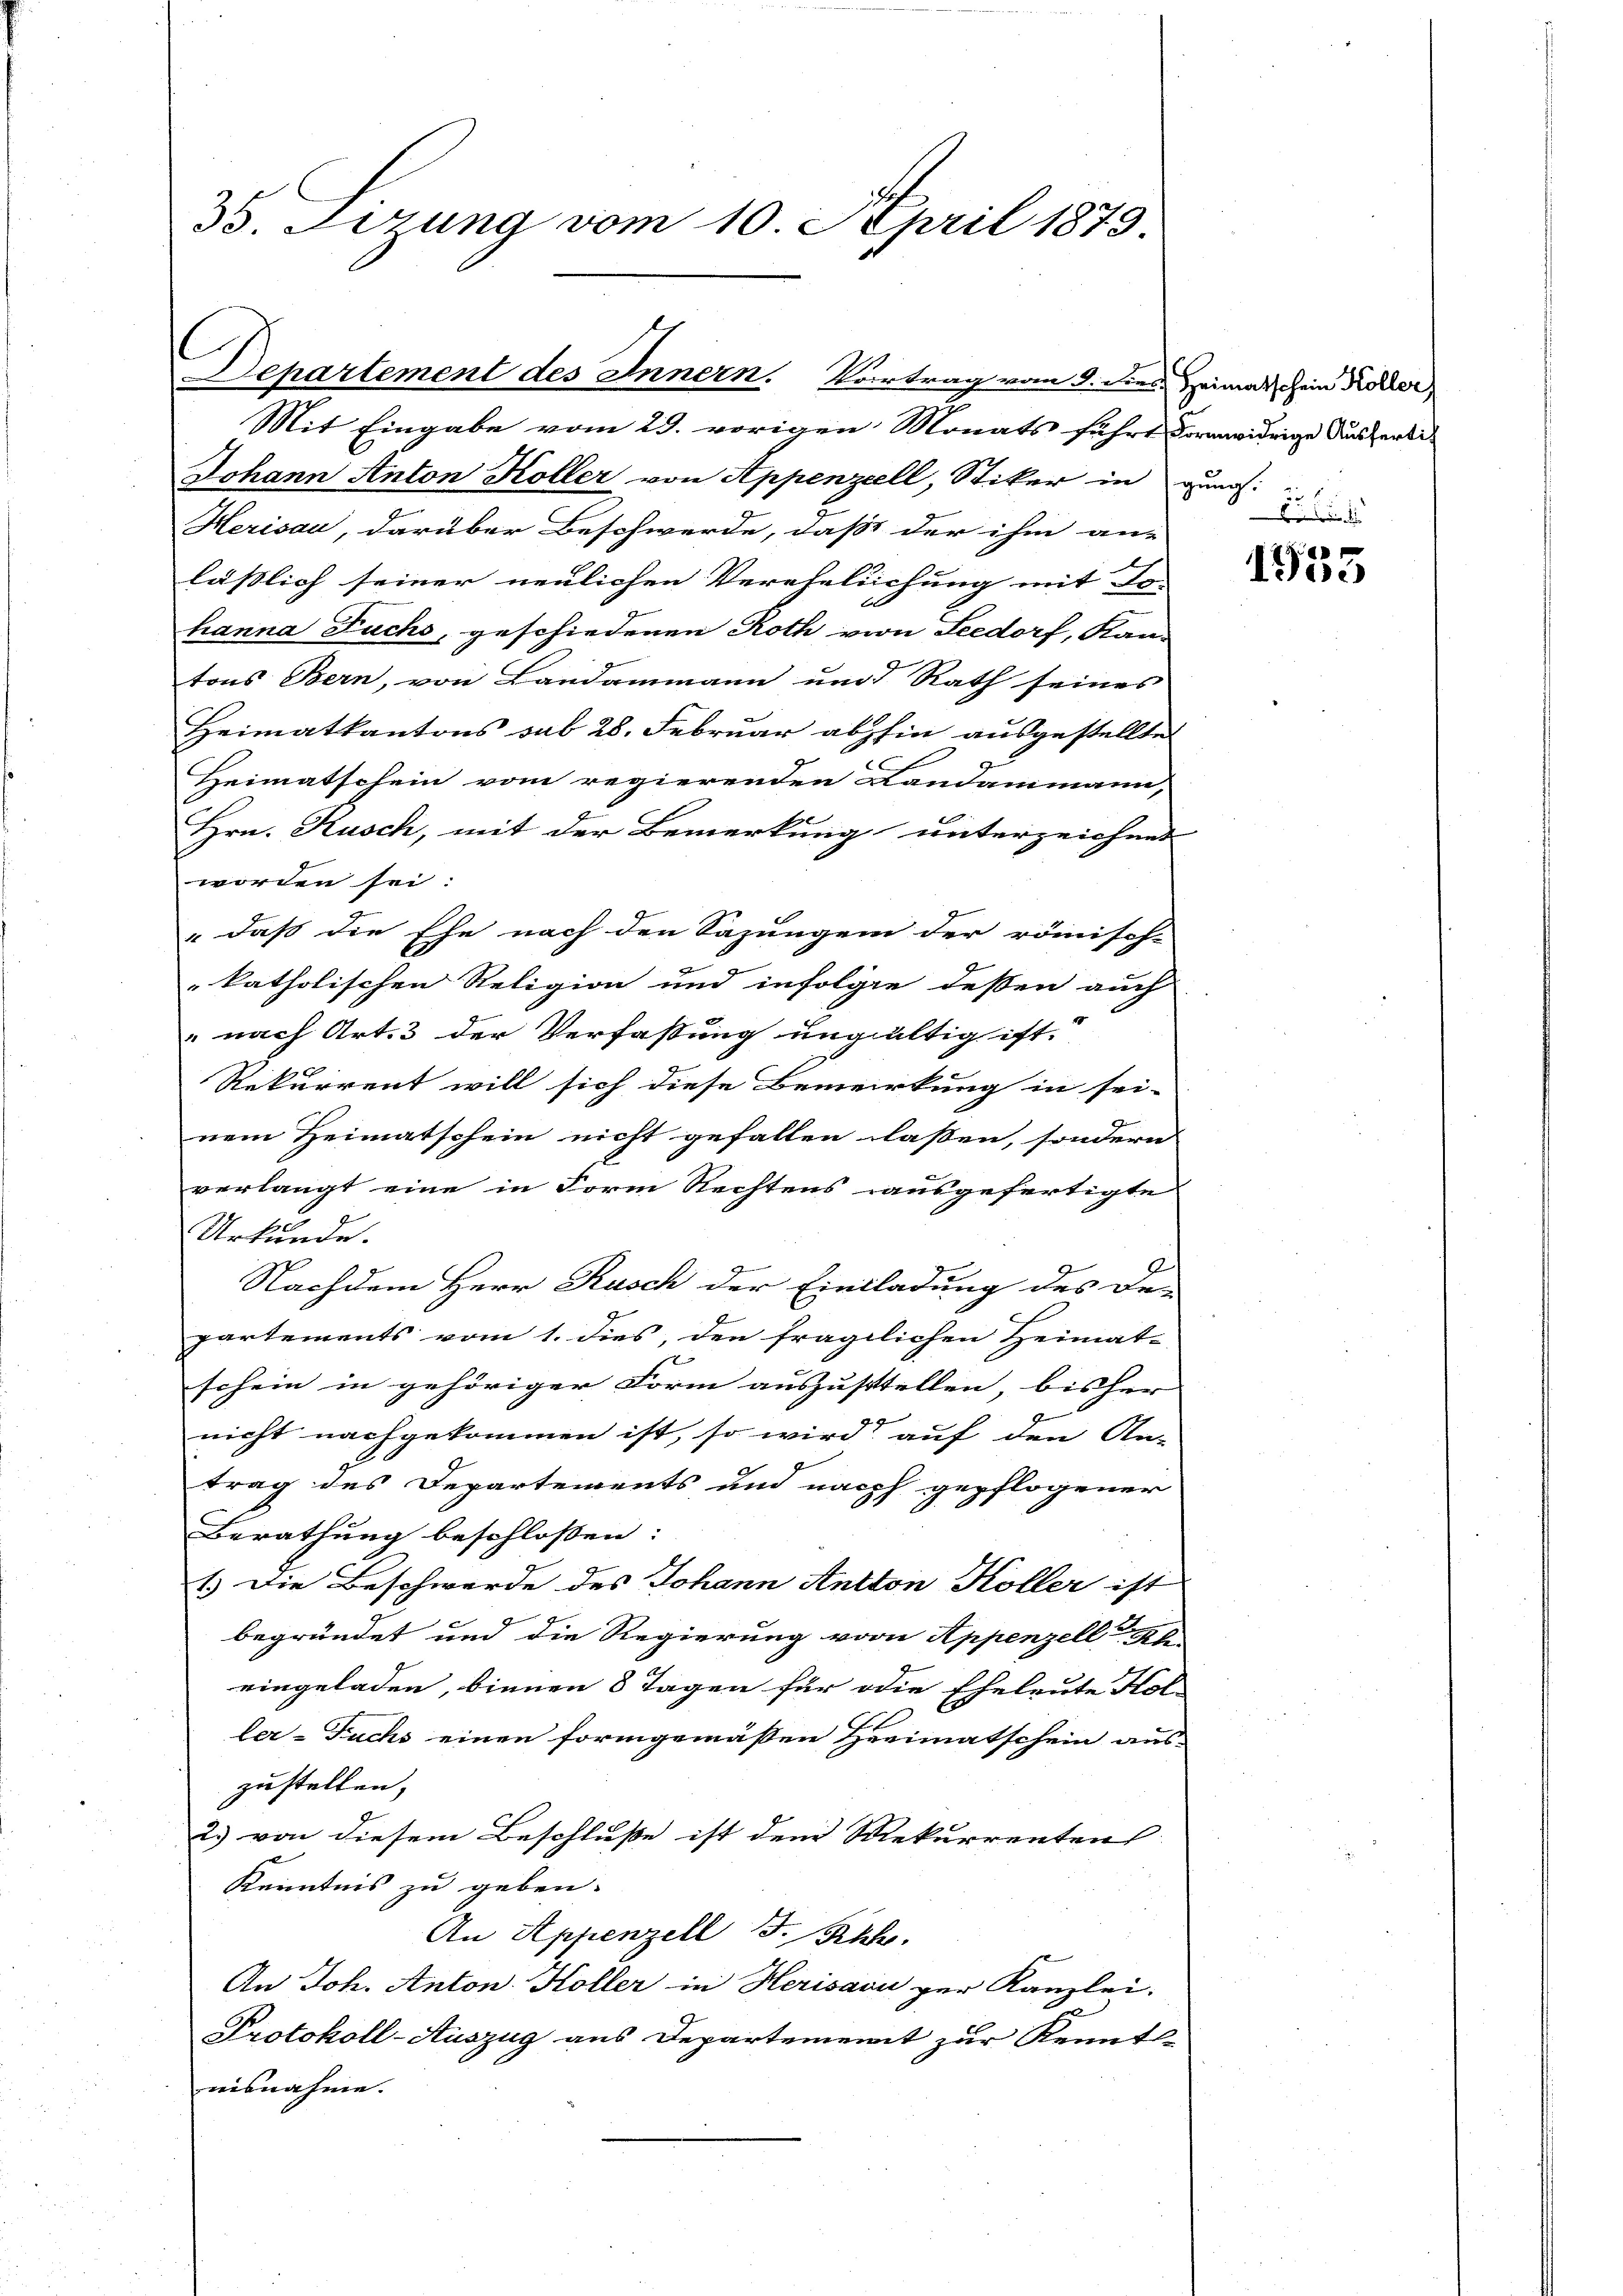
35. Sizung vom 10. April 1873

C
Departement des Innern. Vortrag vom 3. dies Heimatschein Koller

Mit Eingabe vom 29. vorigen Monats führt dormwidrige Ausferti-
Johann Anton Koller von Appenzell, Stiker in gung:
Herisau, darüber Beschwerde, daß der ihm an-
läßlich seiner neulichen Verehelichung mit To-
hanna Fuchs, geschiedenen Roth von Seedorf, Kan-
tons Bern, von Landammann und Rath seines
Heimatkantons sub 28. Februar abhin ausgestellte
Heimatschein vom regierenden Landammann,
Hrn. Kusch, mit der Bemerkung unterzeichnet
worden sei:
" daß die Ehe nach den Sajungen der römisch-
katholischen Religion und infolgie deßen auch
" nach Art. 3 der Verfaßung ungültig ist.
Rekurrent will sich diese Bemerkung in sei-
nem Heimatschein nicht gefallen laßen, sondern
verlangt eine in Form Rechtens ausgefertigte
Urkunde.
s
Nachdem Herr Kusch der Einladung des Be-
partements vom 1. dies, den fraglichen Heimat-
2
schein in gehöriger Form auszustellen, bisher
nicht nachgekommen ist, so wird auf den An-
trag des Departements und nach gepflogener
Berathung beschlossen:
1.) Die Beschwerde des Johann Antton Koller ist
begründet und die Regierung von Appenzell Ah.
eingeladen, binnen 8 Tagen für die Eheleute Kol
ler-Fuchs einen formgemäßen Heimatschein aus-
zustellen.
2.) von diesem Beschluße ist dem Rekurrenten
Kenntnis zu geben.
An Appenzell I.Rh.
An Joh. Anton Koller in Herisavi per Kanzlei.
Protokoll-Auszug aus Departement zur Kennt-
misnahme. |

d
Idee